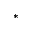
^ *